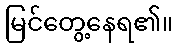
မြင်တွေ့နေရ၏။